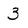
Character: 3